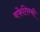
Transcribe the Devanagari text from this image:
बफेतिम्बी